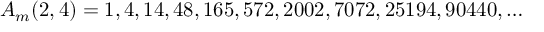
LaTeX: A _ { m } ( 2 , 4 ) = 1 , 4 , 1 4 , 4 8 , 1 6 5 , 5 7 2 , 2 0 0 2 , 7 0 7 2 , 2 5 1 9 4 , 9 0 4 4 0 , \ldots